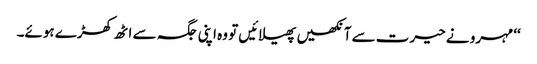
‘‘ مہرو نے حیرت سے آنکھیں پھیلائیں تو وہ اپنی جگہ سے اٹھ کھڑے ہوئے۔